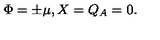
\Phi = \pm \mu , X = Q _ { A } = 0 .